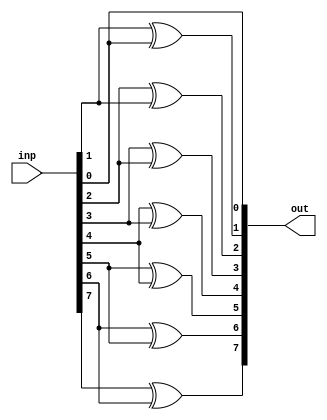
module bcd_gray(out,inp);
    output [7:0] out;
    input [7:0] inp;
    assign out[0] = inp[0];
    genvar index;
    for(index=1;index<=7;index=index+1)
       begin
          assign out[index] = (inp[index]^inp[index-1]);
       end
endmodule